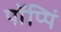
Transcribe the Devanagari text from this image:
पॉप्पिं